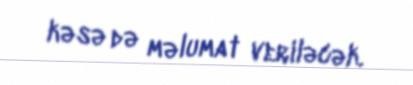
kəsə də məlumat veriləcək.